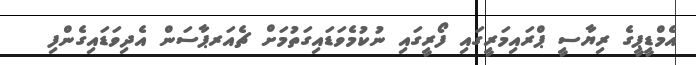
އެމްޑީޕީގެ ރިޔާސީ ޕްރައިމަރީގައި ފޯރީގައި ނުކުމެވަޑައިގަތުމަށް ޗެއަރޕާސަން އެދިވަޑައިގެންފި